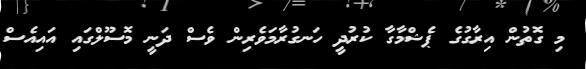
މި ގޮތުން އިރާގުގެ ޕެޝްމާގާ ކުރުދީ ހަނގުރާމަވެރިން ވެސް ދަނީ މޮސޫލްގައި އައިއެސް